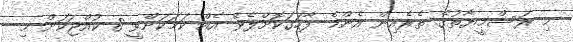
މި ރަސްމީޔާތުގެ ތެރެއިން އެންމެ ފާހަގަކޮށްލެވޭ އެއް ކަމަކަށްވީ 8 ކުއްޖަކަށް މި